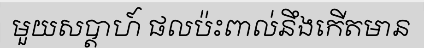
មួយសប្តាហ៍ ផលប៉ះពាល់នឹងកើតមាន